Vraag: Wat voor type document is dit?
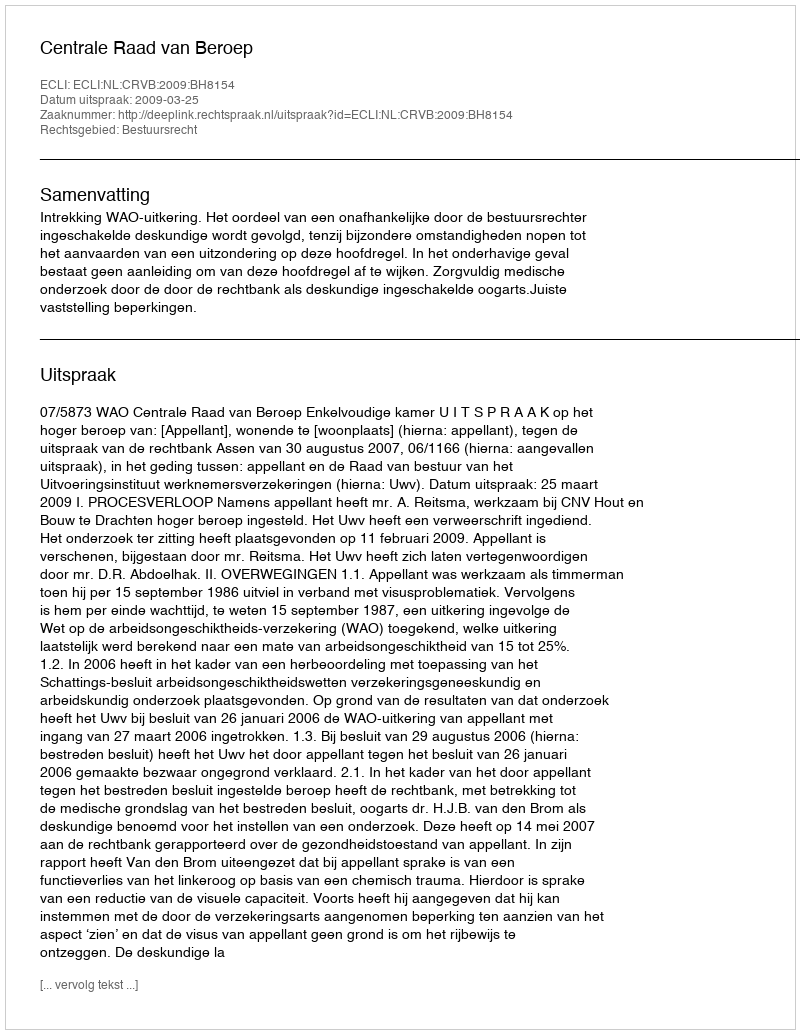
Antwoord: Uitspraak